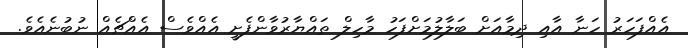
އެއްފަހަރު ހަނާ އާއި ދިމާއަށް ބަލާލުމަށްފަހު މާހިލް ތައްޔާރުވާންފެށީ އެއްވެސް އެއްޗެއް ނުބުނެއެވެ.